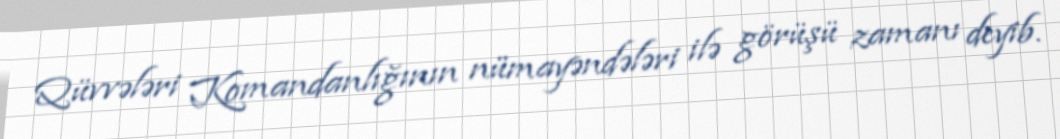
Qüvvələri Komandanlığının nümayəndələri ilə görüşü zamanı deyib.